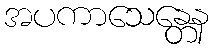
အပကာသေန္တေန